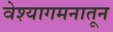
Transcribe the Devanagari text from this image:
वेश्यागमनातून